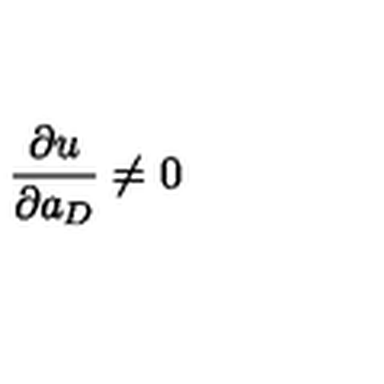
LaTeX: \frac { \partial u } { \partial a _ { D } } \neq 0